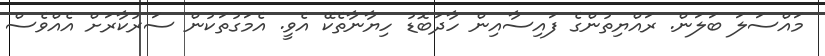
މައްސަލަ ބަލަން. ރައްޔިތުންގެ ފައިސާއިން ހާދަބޮޑު ހިޔާނާތެކޭ އެވީ. އެމަގުތަކުން ސަރުކާރަށް އެއްވެސް